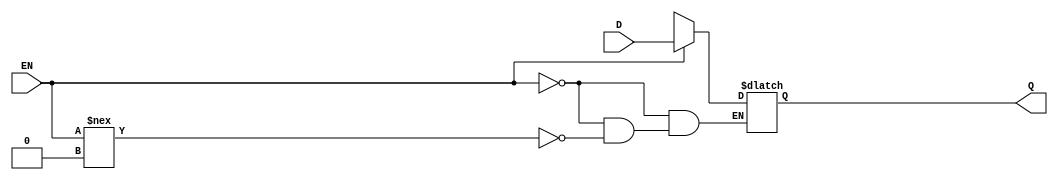
module dplatch(D,EN,Q);
  parameter BIT = 0;
  parameter COLINST = "0";
  parameter GROUP = "dpath1";
  parameter
        d_D_r = 0,
        d_D_f = 0,
        d_EN_r = 0,
        d_EN_f = 0,
        d_Q_r = 1,
        d_Q_f = 1;
  input  D;
  input  EN;
  output  Q;
  wire  D_temp;
  wire  EN_temp;
  reg  Q_temp;
  assign #(d_D_r,d_D_f) D_temp = D;
  assign #(d_EN_r,d_EN_f) EN_temp = EN;
  assign #(d_Q_r,d_Q_f) Q = Q_temp;
  always
    @(D_temp or EN_temp)
      begin
      if((EN_temp == 1'b1))
        Q_temp = D_temp;
      else      if((EN_temp !== 1'b0))
        Q_temp = 128'bx;
      end
  specify
    specparam
      t_hold_D = 0,
      t_setup_D = 0;
    $hold(negedge EN , D , t_hold_D);
    $setup(D , negedge EN , t_setup_D);
  endspecify
endmodule